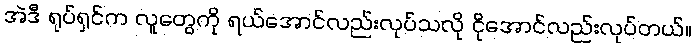
အဲဒီ ရုပ်ရှင်က လူတွေကို ရယ်အောင်လည်းလုပ်သလို ငိုအောင်လည်းလုပ်တယ်။